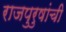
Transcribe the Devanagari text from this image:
राजपुरुषांची